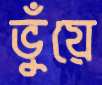
ভুঁয়ে